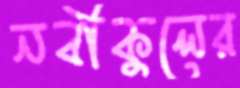
নবীকুলের